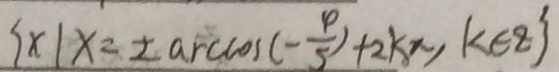
\{ x \vert x = \pm \arccos ( - \frac { 4 } { 5 } ) + 2 k \pi , k \in z \}